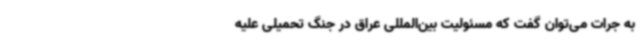
به جرات می‌توان گفت که مسئولیت بین‌المللی عراق در جنگ تحمیلی علیه